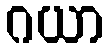
ဂယာ